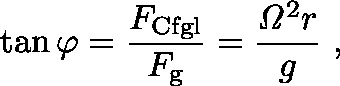
\tan \varphi = { \frac { F _ { \mathrm { C f g l } } } { F _ { \mathrm { g } } } } = { \frac { { \mathit { \Omega } } ^ { 2 } r } { g } } \ ,